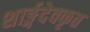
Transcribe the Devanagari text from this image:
शार्ङ्गदेवकृत